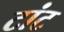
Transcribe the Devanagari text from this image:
टांट